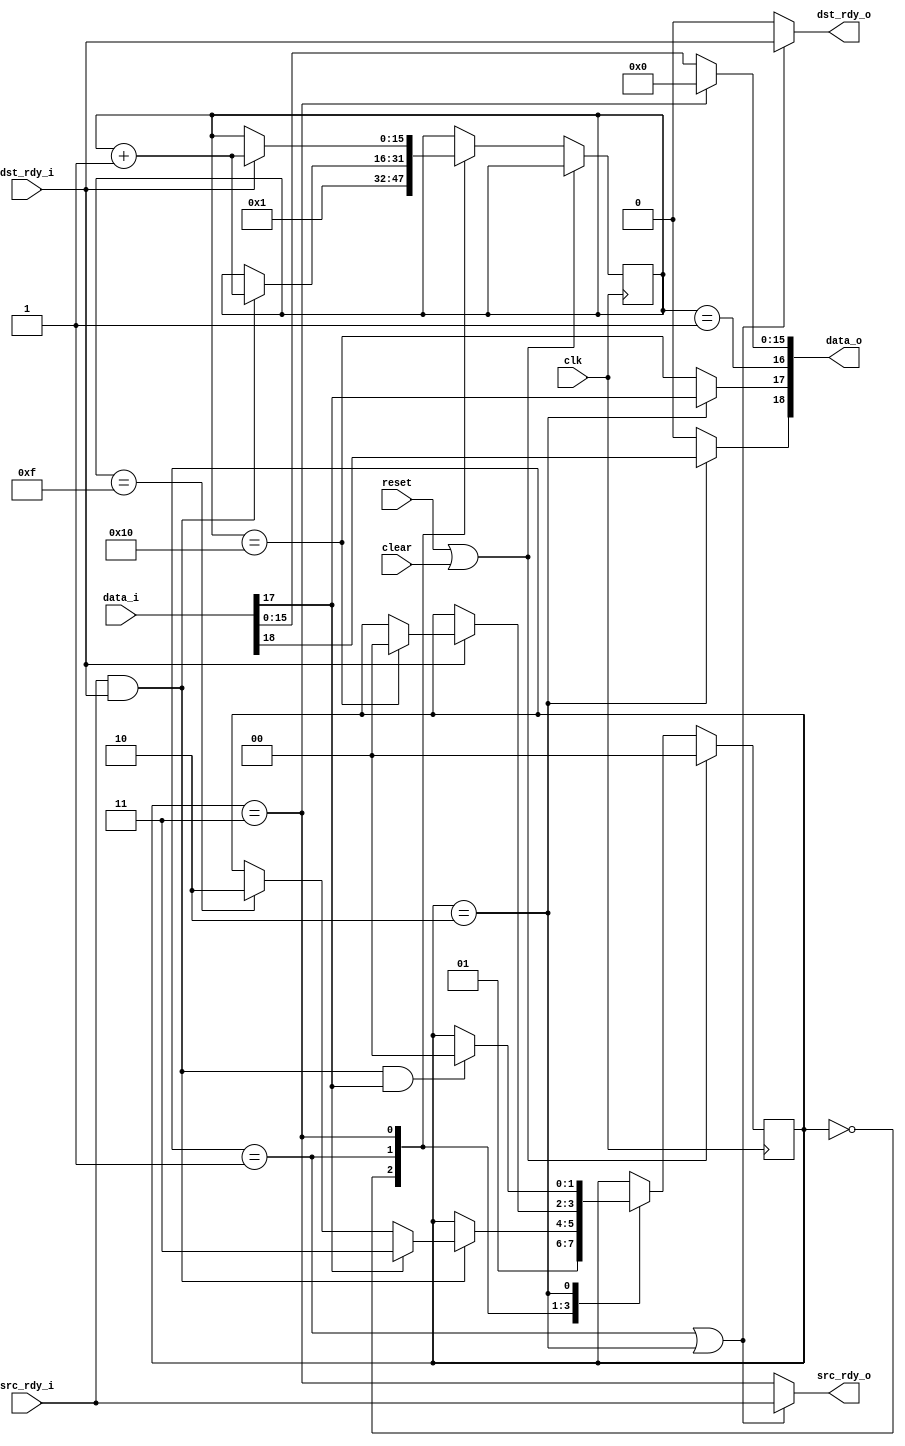
module fifo19_pad
  #(parameter LENGTH=16,
    parameter PAD_VALUE=0)
   (input clk, input reset, input clear,
    input [18:0] data_i,
    input src_rdy_i,
    output dst_rdy_o,
    output [18:0] data_o,
    output src_rdy_o,
    input dst_rdy_i);

   reg [15:0] count;
   reg [1:0]  pad_state;
   localparam PAD_IDLE = 0;
   localparam PAD_TOOSHORT = 1;
   localparam PAD_LONGENOUGH = 2;
   localparam PAD_PADDING = 3;

   always @(posedge clk)
     if(reset | clear)
       pad_state <= PAD_IDLE;
     else
       case(pad_state)
	 PAD_IDLE :
	   begin
	      count <= 1;
	      pad_state <= PAD_TOOSHORT;
	   end
	 PAD_TOOSHORT :
	   if(src_rdy_i & dst_rdy_i)
	     begin
		count <= count + 1;
		if(data_i[17])
		  pad_state <= PAD_PADDING;
		else if(count == (LENGTH-1))
		  pad_state <= PAD_LONGENOUGH;
	     end
	 PAD_PADDING :
	   if(dst_rdy_i)
	     begin
		count <= count + 1;
		if(count == LENGTH)
		  pad_state <= PAD_IDLE;
	     end
	 PAD_LONGENOUGH :
	   if(src_rdy_i & dst_rdy_i & data_i[17])
	     pad_state <= PAD_IDLE;
       endcase // case (pad_state)
   
   wire passthru = (pad_state == PAD_TOOSHORT) | (pad_state == PAD_LONGENOUGH);
   
   assign dst_rdy_o = passthru ? dst_rdy_i : 1'b0;
   assign src_rdy_o = passthru ? src_rdy_i : (pad_state == PAD_PADDING);
   
   assign data_o[15:0] = (pad_state == PAD_PADDING) ? PAD_VALUE : data_i[15:0];
   assign data_o[16] = (count == 1);
   assign data_o[17] = (pad_state == PAD_LONGENOUGH) ? data_i[17] : (count == LENGTH);
   assign data_o[18] = (pad_state == PAD_LONGENOUGH) ? data_i[18] : 1'b0;
   
         
endmodule